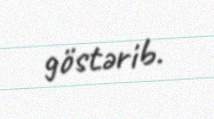
göstərib.